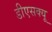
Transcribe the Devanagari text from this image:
डीएसक्यू